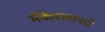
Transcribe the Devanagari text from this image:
मॅक्लेलानचे